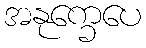
အနုက္ခေပေ